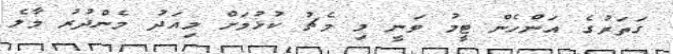
ގަތަރުގެ އަންހެން ޓީމު ވަނީ މި މެޗު ކުޅުމަށް މިއަދު މެންދުރު މާލެ